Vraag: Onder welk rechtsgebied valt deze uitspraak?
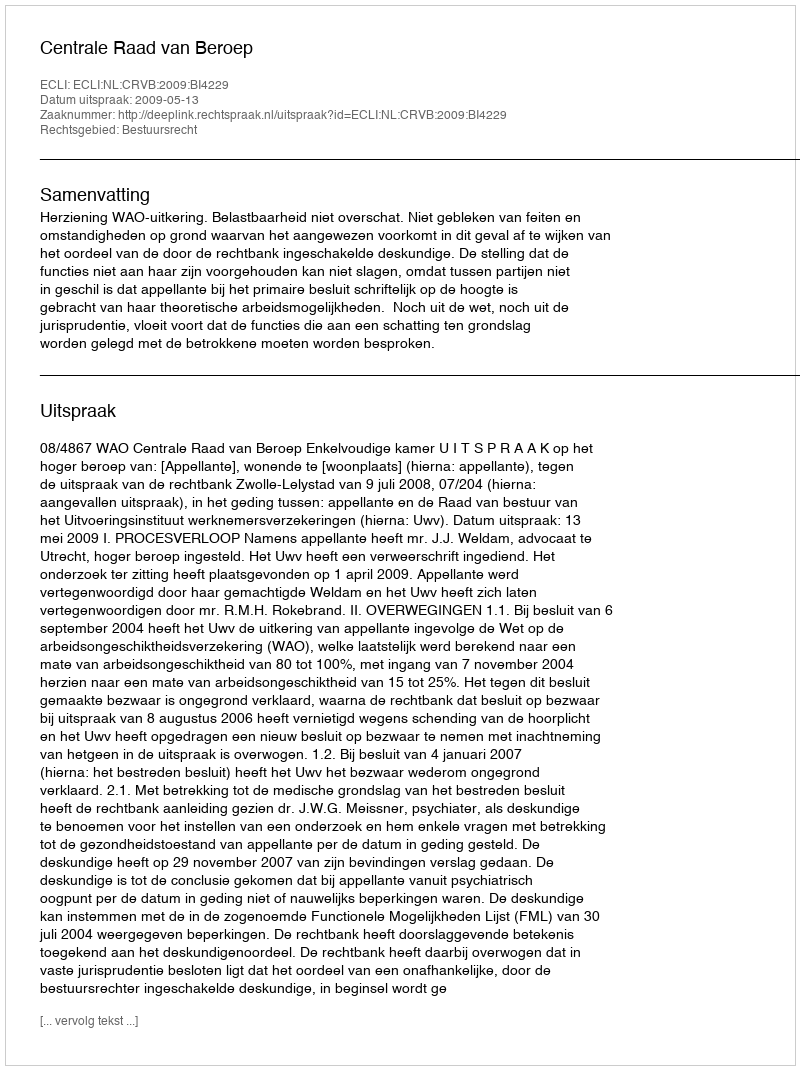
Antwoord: Bestuursrecht